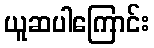
ယူဆပါကြောင်း